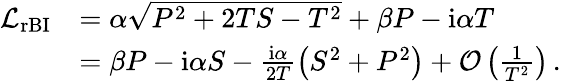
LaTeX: \begin{array}{rl}{\mathcal{L}_{\mathrm{rBI}}}&{=\alpha\sqrt{P^{2}+2TS-T^{2}}+\beta P-\mathrm{i}\alpha T\, }\\ &{=\beta P-\mathrm{i}\alpha S-\frac{\mathrm{i}\alpha}{2T}\left(S^{2}+P^{2}\right)+\mathcal{O}\left(\frac{1}{T^{2}}\right)\, .}\end{array}